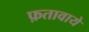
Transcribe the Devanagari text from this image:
फ़तावाये